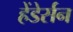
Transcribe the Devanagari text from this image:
हेंडेर्सन